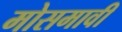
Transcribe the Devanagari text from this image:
मोसमावी